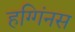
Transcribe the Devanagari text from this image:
हग्गिंनस